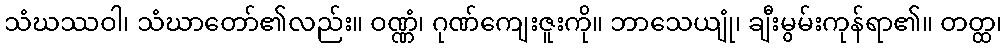
သံဃဿဝါ၊ သံဃာတော်၏လည်း။ ဝဏ္ဏံ၊ ဂုဏ်ကျေးဇူးကို။ ဘာသေယျုံ၊ ချီးမွမ်းကုန်ရာ၏။ တတ္ထ၊